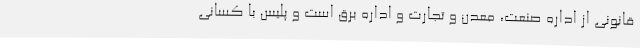
قانونی از اداره صنعت، معدن و تجارت و اداره برق است و پلیس با کسانی